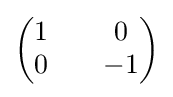
{\begin{pmatrix}1&&0\\0&&-1\end{pmatrix}}